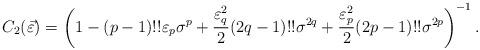
LaTeX: \begin{align*}C_{2}(\vec{\varepsilon})=\left(1-(p-1)!!\varepsilon_{p}\sigma^{p}+\frac{\varepsilon_{q}^{2}}{2}(2q-1)!!\sigma^{2q}+\frac{\varepsilon_{p}^{2}}{2}(2p-1)!!\sigma^{2p} \right)^{-1}.\end{align*}